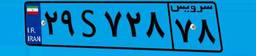
۷۹S۹۲۵۱۴